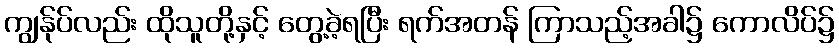
ကျွန်ုပ်လည်း ထိုသူတို့နှင့် တွေ့ခဲ့ရပြီး ရက်အတန် ကြာသည့်အခါ၌ ကောလိပ်၌